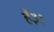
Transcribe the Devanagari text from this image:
है३१